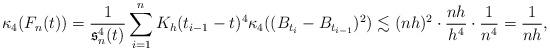
LaTeX: \begin{align*}\kappa_4(F_n(t))&=\frac{1}{\mathfrak{s}_n^4(t)}\sum_{i=1}^nK_h(t_{i-1}-t)^4\kappa_4((B_{t_i}-B_{t_{i-1}})^2)\lesssim(nh)^2\cdot\frac{nh}{h^4}\cdot\frac{1}{n^4}=\frac{1}{nh},\end{align*}